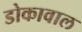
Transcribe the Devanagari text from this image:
डोकावाल